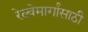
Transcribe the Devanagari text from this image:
रेल्वेमार्गांसाठी